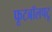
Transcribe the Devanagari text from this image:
फूटबॉलपटू